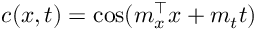
c ( \boldsymbol { x } , t ) = \cos ( \boldsymbol { m } _ { x } ^ { \top } \boldsymbol { x } + m _ { t } t )